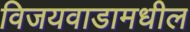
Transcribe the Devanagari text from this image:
विजयवाडामधील